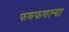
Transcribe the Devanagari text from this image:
फणफणल्या